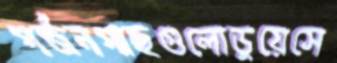
গর্জনগাছগুলোডুয়েসে